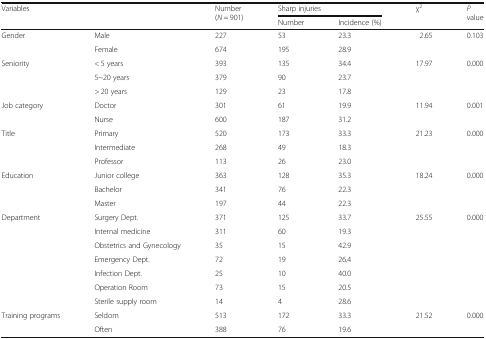
<table><thead><tr><td rowspan="2" colspan="2"><b>Variables</b></td><td rowspan="2"><b>Number (<i>N</i> = 901)</b></td><td colspan="2"><b>Sharp injuries</b></td><td rowspan="2"><b>χ<sup>2</sup></b></td><td rowspan="2"><b><i>P</i> value</b></td></tr><tr><td><b>Number</b></td><td><b>Incidence (%)</b></td></tr></thead><tbody><tr><td rowspan="2">Gender</td><td>Male</td><td>227</td><td>53</td><td>23.3</td><td>2.65</td><td>0.103</td></tr><tr><td>Female</td><td>674</td><td>195</td><td>28.9</td><td></td><td></td></tr><tr><td rowspan="3">Seniority</td><td>&lt; 5 years</td><td>393</td><td>135</td><td>34.4</td><td>17.97</td><td>0.000</td></tr><tr><td>5~20 years</td><td>379</td><td>90</td><td>23.7</td><td></td><td></td></tr><tr><td>&gt; 20 years</td><td>129</td><td>23</td><td>17.8</td><td></td><td></td></tr><tr><td rowspan="2">Job category</td><td>Doctor</td><td>301</td><td>61</td><td>19.9</td><td>11.94</td><td>0.001</td></tr><tr><td>Nurse</td><td>600</td><td>187</td><td>31.2</td><td></td><td></td></tr><tr><td rowspan="3">Title</td><td>Primary</td><td>520</td><td>173</td><td>33.3</td><td>21.23</td><td>0.000</td></tr><tr><td>Intermediate</td><td>268</td><td>49</td><td>18.3</td><td></td><td></td></tr><tr><td>Professor</td><td>113</td><td>26</td><td>23.0</td><td></td><td></td></tr><tr><td rowspan="3">Education</td><td>Junior college</td><td>363</td><td>128</td><td>35.3</td><td>18.24</td><td>0.000</td></tr><tr><td>Bachelor</td><td>341</td><td>76</td><td>22.3</td><td></td><td></td></tr><tr><td>Master</td><td>197</td><td>44</td><td>22.3</td><td></td><td></td></tr><tr><td rowspan="7">Department</td><td>Surgery Dept.</td><td>371</td><td>125</td><td>33.7</td><td>25.55</td><td>0.000</td></tr><tr><td>Internal medicine</td><td>311</td><td>60</td><td>19.3</td><td></td><td></td></tr><tr><td>Obstetrics and Gynecology</td><td>35</td><td>15</td><td>42.9</td><td></td><td></td></tr><tr><td>Emergency Dept.</td><td>72</td><td>19</td><td>26.4</td><td></td><td></td></tr><tr><td>Infection Dept.</td><td>25</td><td>10</td><td>40.0</td><td></td><td></td></tr><tr><td>Operation Room</td><td>73</td><td>15</td><td>20.5</td><td></td><td></td></tr><tr><td>Sterile supply room</td><td>14</td><td>4</td><td>28.6</td><td></td><td></td></tr><tr><td rowspan="2">Training programs</td><td>Seldom</td><td>513</td><td>172</td><td>33.3</td><td>21.52</td><td>0.000</td></tr><tr><td>Often</td><td>388</td><td>76</td><td>19.6</td><td></td><td></td></tr></tbody></table>